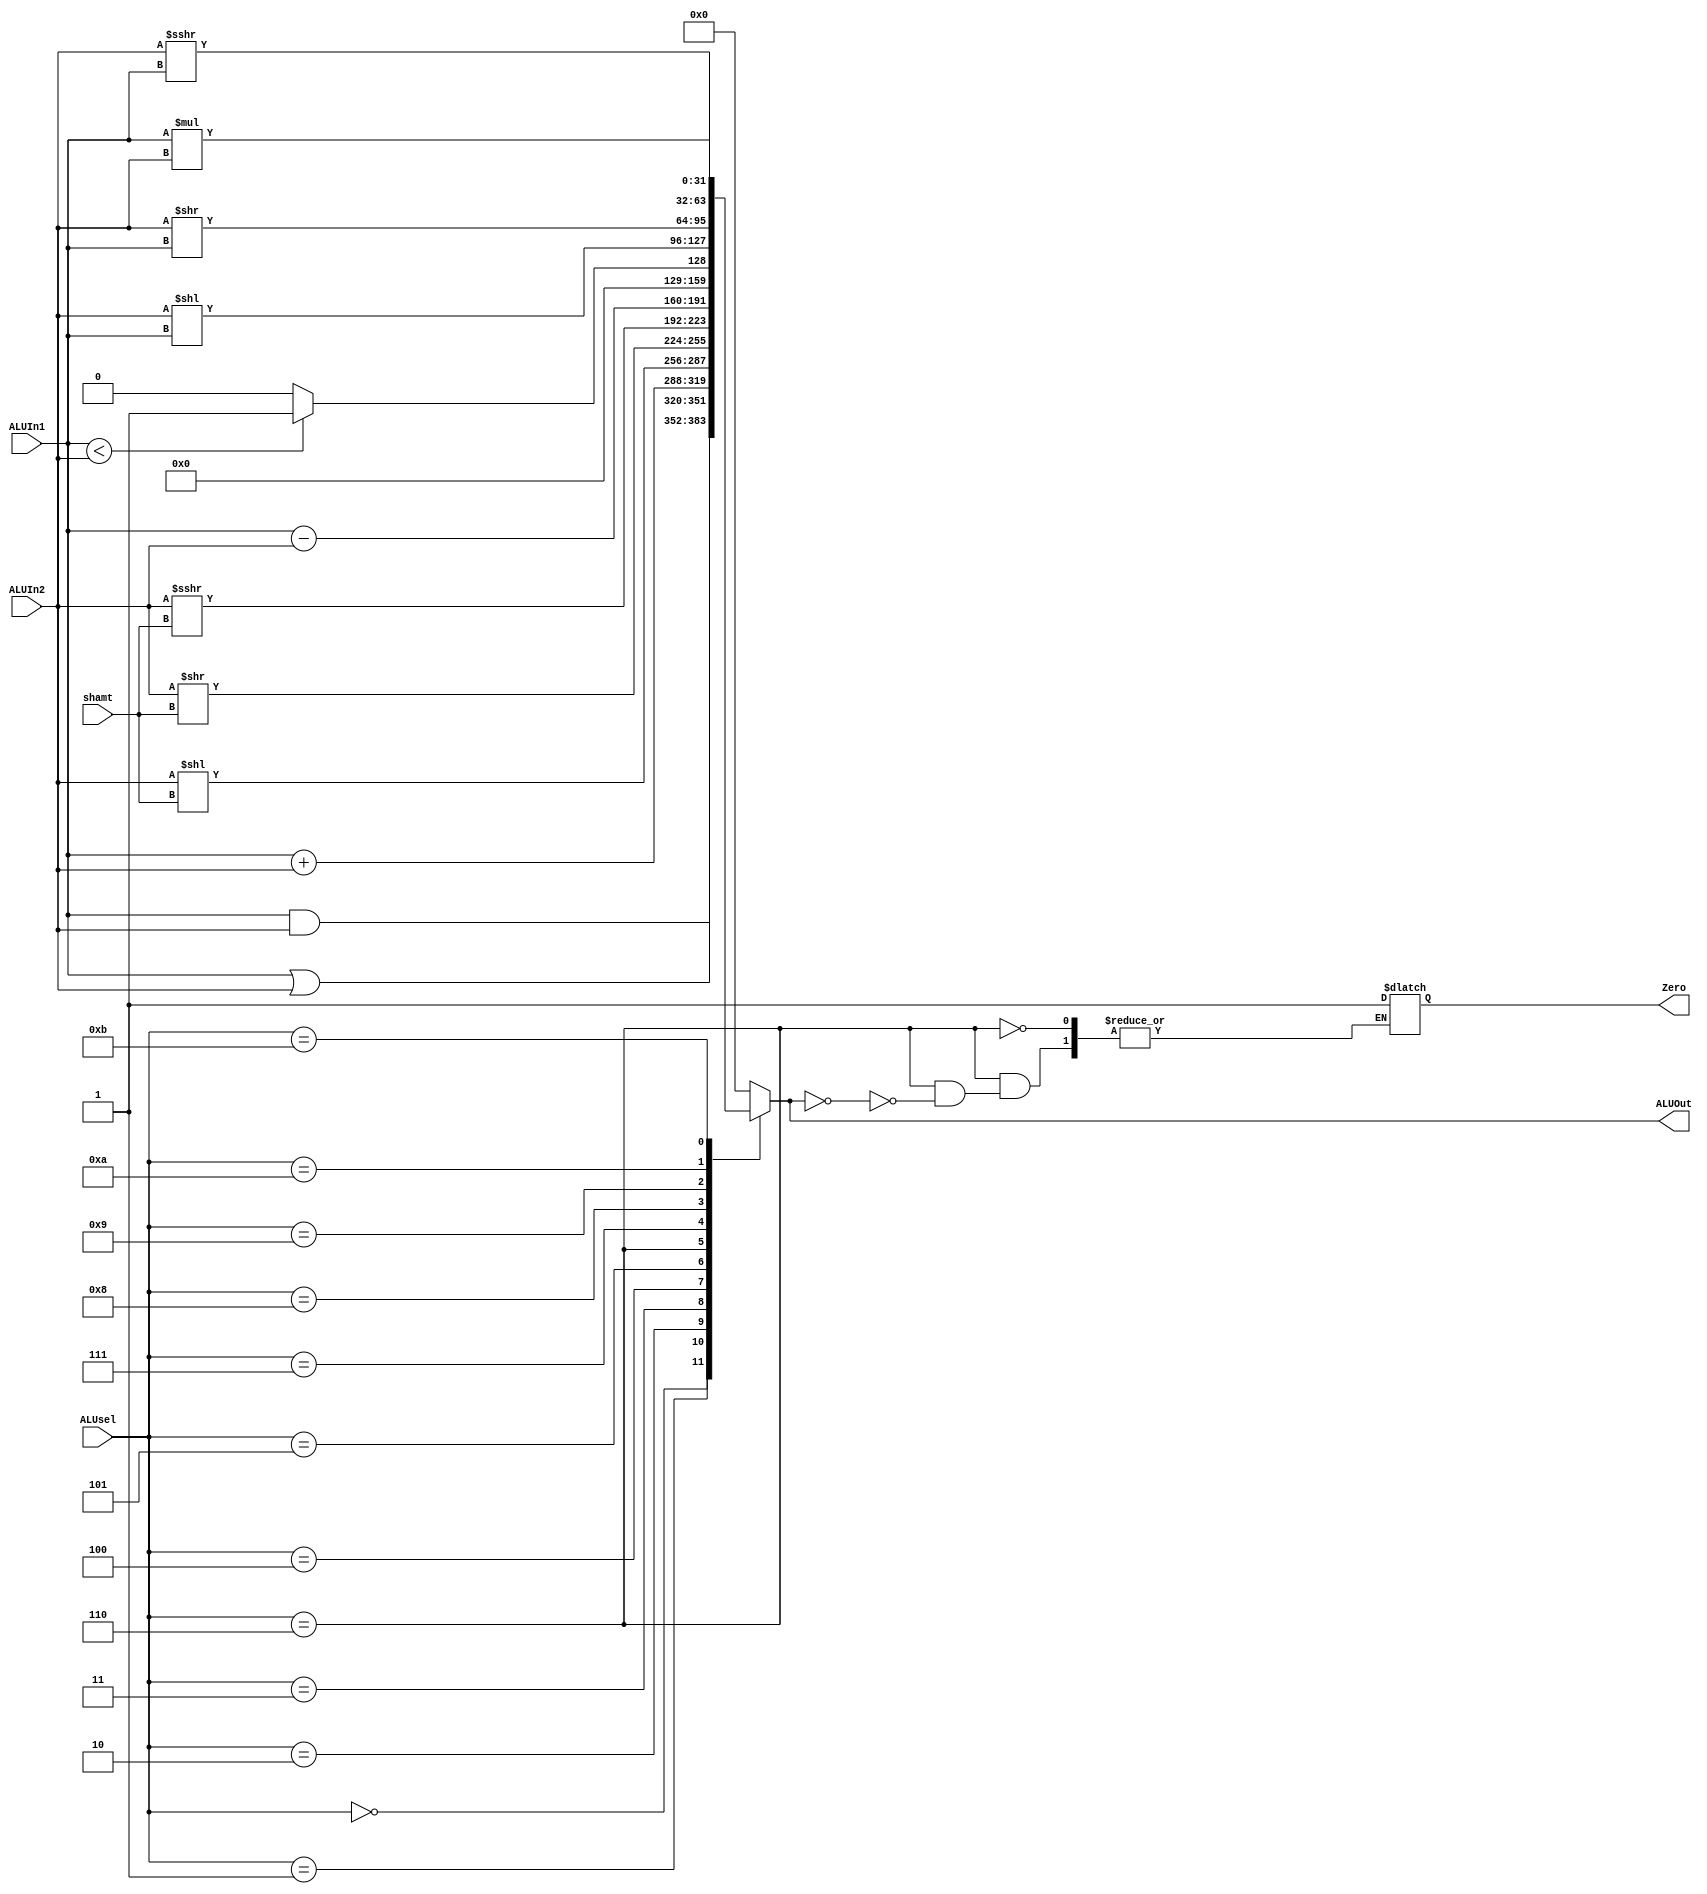
`timescale 1ns / 1ps
//////////////////////////////////////////////////////////////////////////////////
// Company: 
// Engineer: 
// 
// Design Name: 
// Module Name: ALU
// Project Name: 
// Target Devices: 
// Tool Versions: 
// Description: 
// 
// Dependencies: 
// 
// Revision:
// Revision 0.01 - File Created
// Additional Comments:
// 
//////////////////////////////////////////////////////////////////////////////////


/*
0000 add
0001 sub
0010 logic shift left
0011 logic shift right
0100 variable shift left
0101 variable shift right
0110 arithmetic variable shift right
0111 AND
1000 OR
1001 XOR
1010 XNOR
*/
module ALU #(parameter WL = 32, sel=4)
(input [WL-1:0] ALUIn1,ALUIn2,
input [4:0] shamt,//shift amount     
input [sel-1:0] ALUsel,
output reg signed [WL-1:0] ALUOut, 
output reg Zero); 
reg [WL-1:0] Result;
/*wire[WL:0] tmp;
assign tmp = ALUIn1 - ALUIn2; //detects if ALUIn1 and ALUIn2 are the same */
always @(*) begin
Zero <= 1'b0;
/*if(tmp==0) begin
Zero<=1'b1;
end
if(tmp!=0)begin
Zero<=1'b0;
end*/
    case (ALUsel)
    4'b0000: 
        Result <= ALUIn1 & ALUIn2; 
    4'b0001:
        Result <= ALUIn1 | ALUIn2;
    4'b0010:
        Result <= ALUIn1+ALUIn2;
    4'b0011:
        Result <= ALUIn2<<shamt; 
    4'b0100:
        Result <= ALUIn2>>shamt; 
    4'b0101:
        Result <= ALUIn2>>>shamt; 
    4'b0110: begin
        Result <= ALUIn1 - ALUIn2;
        if(Result == 0)
         Zero = 1'b1;
        end
    4'b0111: begin
        if(ALUIn1<ALUIn2)begin
           Result = 1;
           end
           else begin
           Result = 0;
           end
        end
    4'b1000:
        Result <= ALUIn2<<ALUIn1;
    4'b1001:
        Result <= ALUIn2>>ALUIn1;
    4'b1010:
        Result <= (ALUIn2>>>ALUIn1); 
    4'b1011: 
        Result <= ALUIn1*ALUIn2;
    default: 
        Result <= 32'h00000000;
    endcase
     ALUOut = Result;
    end 
endmodule